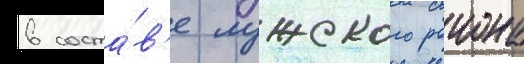
в соста́в'е лужского раиона